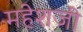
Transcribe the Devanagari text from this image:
महेशजी